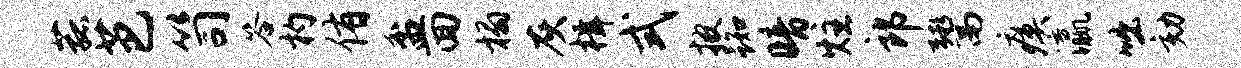
菰芭笥答杓侑盆回榻灰楫式披踟暗炷郎鬻瘼瀛咄劾